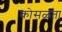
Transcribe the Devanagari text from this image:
कोसळता